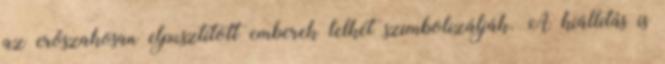
az erőszakosan elpusztított emberek lelkét szimbolizálják. A kiállítás is